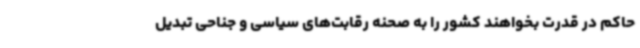
حاکم در قدرت بخواهند کشور را به صحنه رقابت‌های سیاسی و جناحی تبدیل